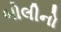
બોલીનો